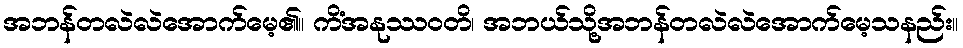
အဘန်တလဲလဲအောက်မေ့၏။ ကိံအနုဿဝတိ၊ အဘယ်သို့အဘန်တလဲလဲအောက်မေ့သနည်း။